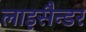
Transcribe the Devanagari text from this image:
लाइसैन्डर